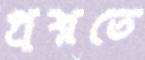
প্রশ্নতে